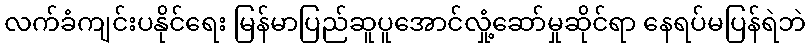
လက်ခံကျင်းပနိုင်ရေး မြန်မာပြည်ဆူပူအောင်လှုံ့ဆော်မှုဆိုင်ရာ နေရပ်မပြန်ရဲဘဲ